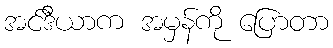
အင်ဒီယာက အမှန်ကို ပြောတာ